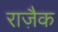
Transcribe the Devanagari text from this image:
राज़ैक